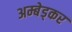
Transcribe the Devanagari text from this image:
अम्बेड्कर